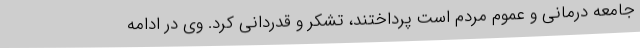
جامعه درمانی و عموم مردم است پرداختند، تشکر و قدردانی کرد. وی در ادامه